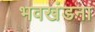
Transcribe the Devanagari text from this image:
भवखंडना